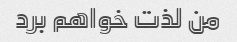
من لذت خواهم برد